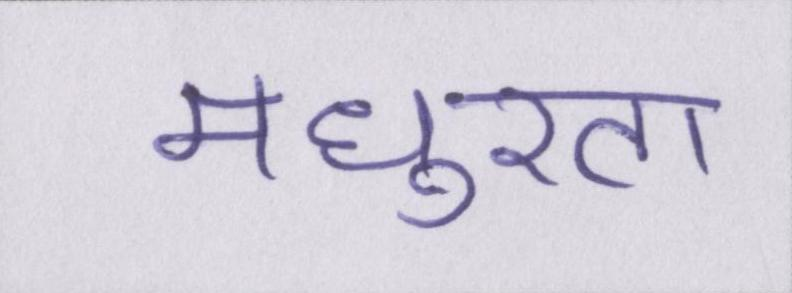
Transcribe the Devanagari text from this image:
मधुरता